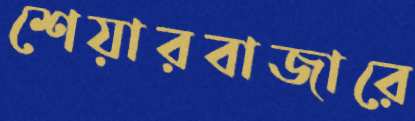
শেয়ারবাজারে